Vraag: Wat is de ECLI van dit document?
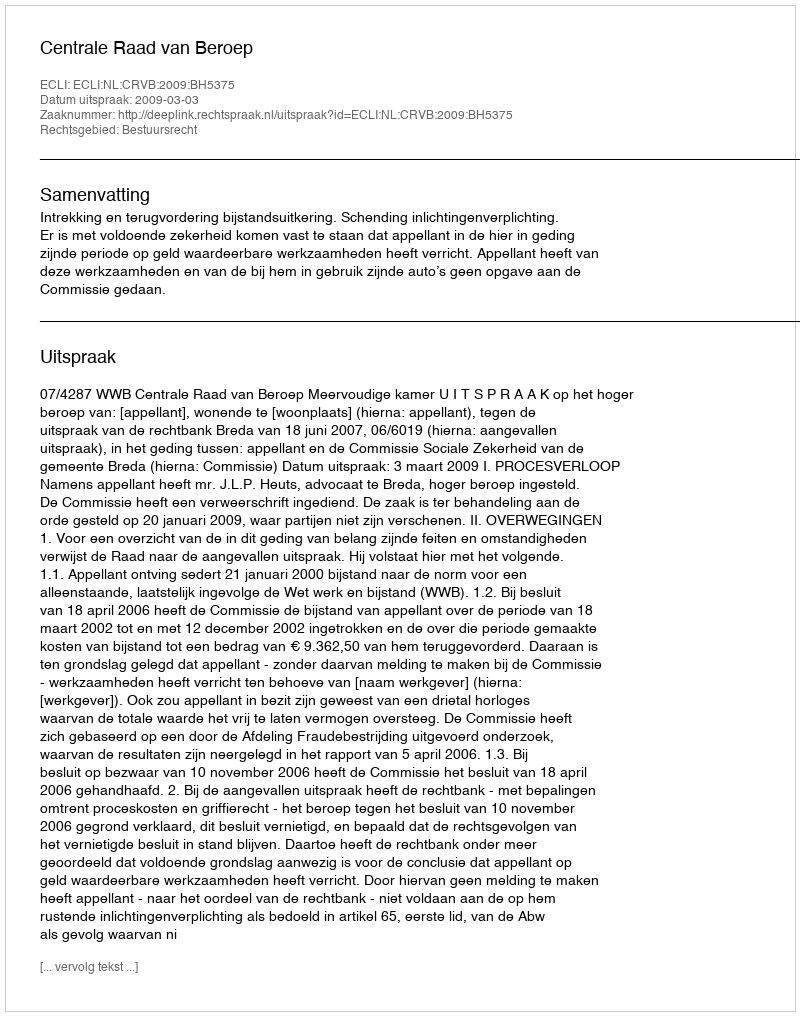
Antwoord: ECLI:NL:CRVB:2009:BH5375